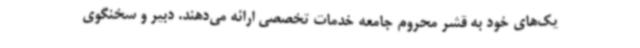
یک‌های خود به قشر محروم جامعه خدمات تخصصی ارائه می‌دهند. دبیر و سخنگوی